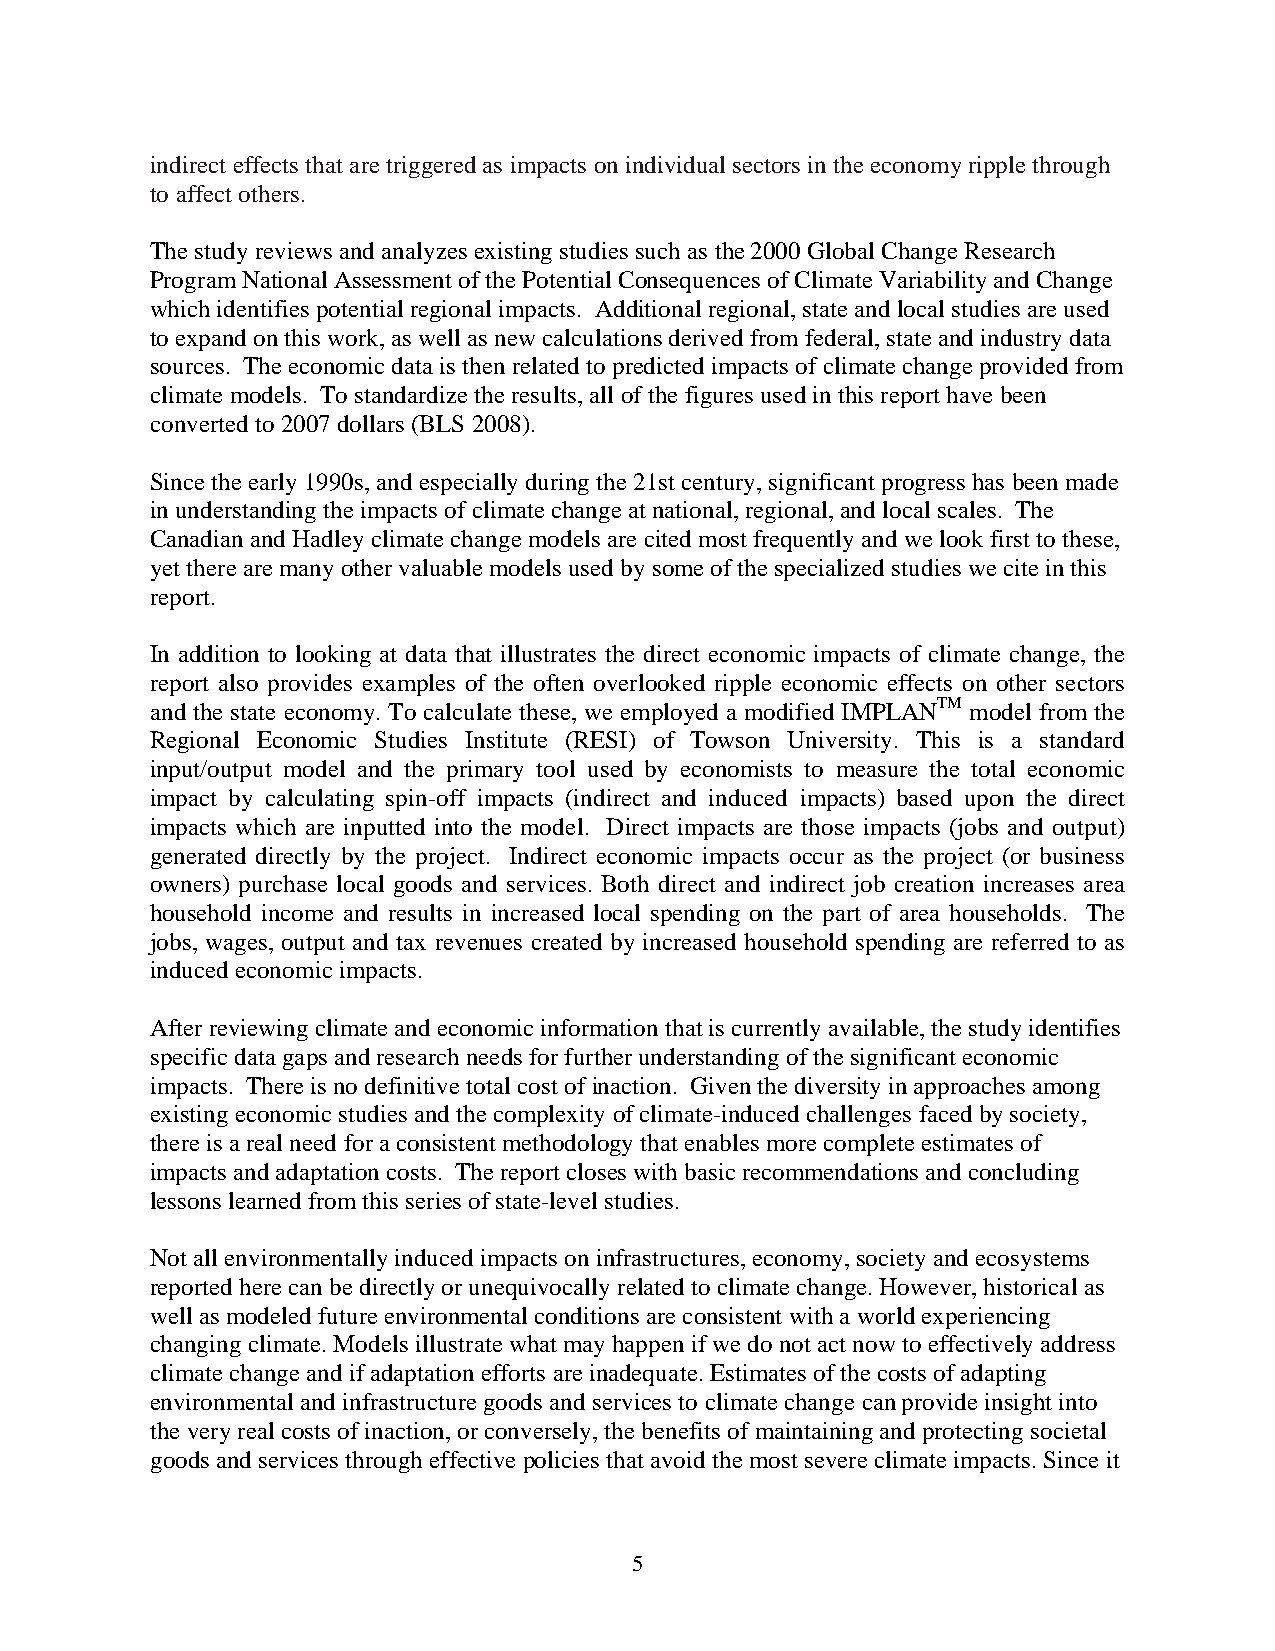
indirect effects that are triggered as impacts on individual sectors in the economy ripple through
 to affect others.
 The study reviews and analyzes existing studies such as the 2000 Global Change Research
 Program National Assessment of the Potential Consequences of Climate Variability and Change
 which identifies potential regional impacts. Additional regional, state and local studies are used
 to expand on this work, as well as new calculations derived from federal, state and industry data
 sources. The economic data is then related to predicted impacts of climate change provided from
 climate models. To standardize the results, all of the figures used in this report have been
 converted to 2007 dollars (BLS 2008).
 Since the early 1990s, and especially during the 21st century, significant progress has been made
 in understanding the impacts of climate change at national, regional, and local scales. The
 Canadian and Hadley climate change models are cited most frequently and we look first to these,
 yet there are many other valuable models used by some of the specialized studies we cite in this
 report.
 In addition to looking at data that illustrates the direct economic impacts of climate change, the
 report also provides examples of the often overlooked ripple economic effects on other sectors
 and the state economy. To calculate these, we employed a modified IMPLANTM model from the
 Regional Economic Studies Institute (RESI) of Towson University. This is a standard
 input/output model and the primary tool used by economists to measure the total economic
 impact by calculating spin-off impacts (indirect and induced impacts) based upon the direct
 impacts which are inputted into the model. Direct impacts are those impacts (jobs and output)
 generated directly by the project. Indirect economic impacts occur as the project (or business
 owners) purchase local goods and services. Both direct and indirect job creation increases area
 household income and results in increased local spending on the part of area households. The
 jobs, wages, output and tax revenues created by increased household spending are referred to as
 induced economic impacts.
 After reviewing climate and economic information that is currently available, the study identifies
 specific data gaps and research needs for further understanding of the significant economic
 impacts. There is no definitive total cost of inaction. Given the diversity in approaches among
 existing economic studies and the complexity of climate-induced challenges faced by society,
 there is a real need for a consistent methodology that enables more complete estimates of
 impacts and adaptation costs. The report closes with basic recommendations and concluding
 lessons learned from this series of state-level studies.
 Not all environmentally induced impacts on infrastructures, economy, society and ecosystems
 reported here can be directly or unequivocally related to climate change. However, historical as
 well as modeled future environmental conditions are consistent with a world experiencing
 changing climate. Models illustrate what may happen if we do not act now to effectively address
 climate change and if adaptation efforts are inadequate. Estimates of the costs of adapting
 environmental and infrastructure goods and services to climate change can provide insight into
 the very real costs of inaction, or conversely, the benefits of maintaining and protecting societal
 goods and services through effective policies that avoid the most severe climate impacts. Since it
 5